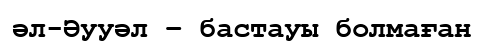
әл-Әууәл – бастауы болмаған